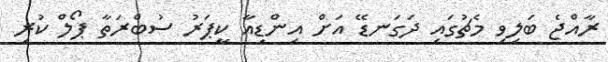
ރާއްޖެ ބަލިވި މެޗުގައި ދަގަނޑޭ އަށް އިންޑިއާ ކީޕަރު ސުބްރަތާ ޕޯލް ކުރި